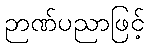
ဉာဏ်ပညာဖြင့်